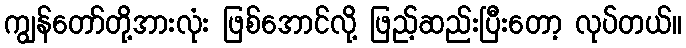
ကျွန်တော်တို့အားလုံး ဖြစ်အောင်လို့ ဖြည့်ဆည်းပြီးတော့ လုပ်တယ်။